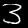
Label: 3